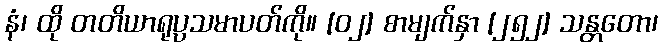
နံ၊ ထို တတိယာရုပ္ပသမာပတ်ကို။ [၀၂] စာမျက်နှာ [၂၅၂] သန္တတော၊